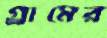
গ্র্রামের